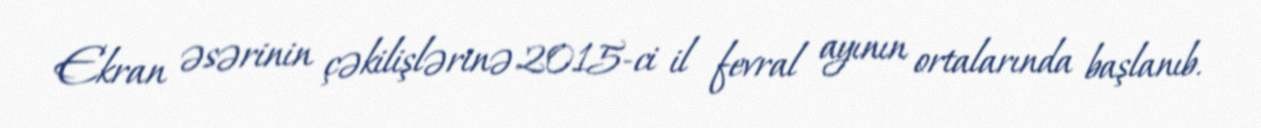
Ekran əsərinin çəkilişlərinə 2015-ci il fevral ayının ortalarında başlanıb.